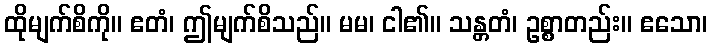
ထိုမျက်စိကို။ ဧတံ၊ ဤမျက်စိသည်။ မမ၊ ငါ၏။ သန္တတံ၊ ဥစ္စာတည်း။ ဧသော၊